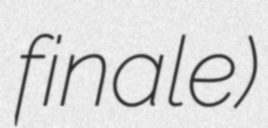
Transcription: finale)